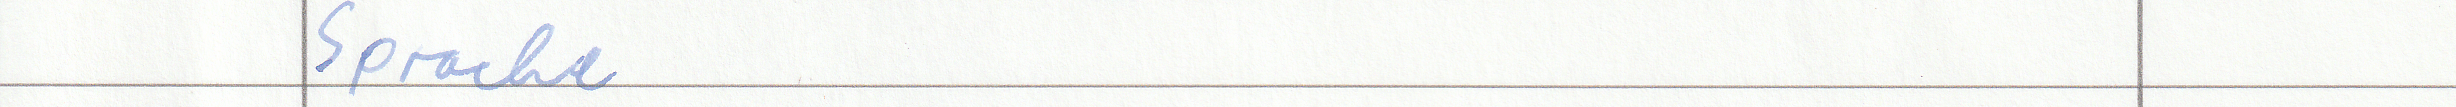
Sprache